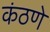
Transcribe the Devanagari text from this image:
कंठणे